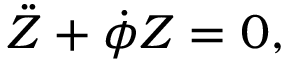
\ddot { Z } + \dot { \phi } Z = 0 ,